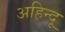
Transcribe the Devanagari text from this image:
अहिन्दू